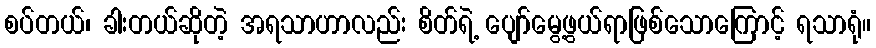
စပ်တယ်၊ ခါးတယ်ဆိုတဲ့ အရသာဟာလည်း စိတ်ရဲ့ ပျော်မွေ့ဖွယ်ရာဖြစ်သောကြောင့် ရသာရုံ။